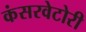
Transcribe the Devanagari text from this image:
कंसरवेटोरी